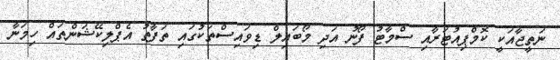
ނަތީޖާއަކީ ކޮމްޕިއުޓަރާއި ސްމާޓު ފޯނު އަދި މޯބައިލް ޑިވައިސްތަކުގައި ތަފާތު އެޕްލިކޭޝަންތައް ހިމަނާ